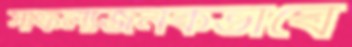
সাফল্যজনকভাবে